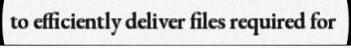
to efficiently deliver files required for